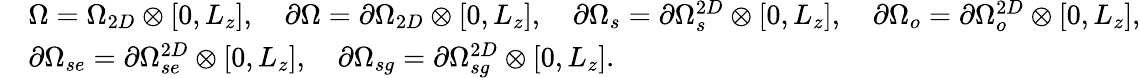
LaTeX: \begin{array}{rl}&{\Omega=\Omega_{2D}\otimes[0,L_{z}],\quad\partial\Omega=\partial\Omega_{2D}\otimes[0,L_{z}],\quad\partial\Omega_{s}=\partial\Omega_{s}^{2D}\otimes[0,L_{z}],\quad\partial\Omega_{o}=\partial\Omega_{o}^{2D}\otimes[0,L_{z}],}\\ &{\partial\Omega_{se}=\partial\Omega_{se}^{2D}\otimes[0,L_{z}],\quad\partial\Omega_{sg}=\partial\Omega_{sg}^{2D}\otimes[0,L_{z}].}\end{array}